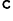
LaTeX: ^\mathtt{c}